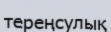
тереңсулық